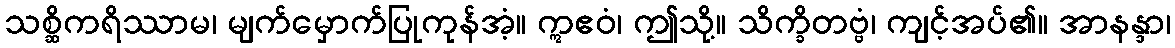
သစ္ဆိကရိဿာမ၊ မျက်မှောက်ပြုကုန်အံ့။ ဣဧဝံ၊ ဤသို့။ သိက္ခိတဗ္ဗံ၊ ကျင့်အပ်၏။ အာနန္ဒာ၊